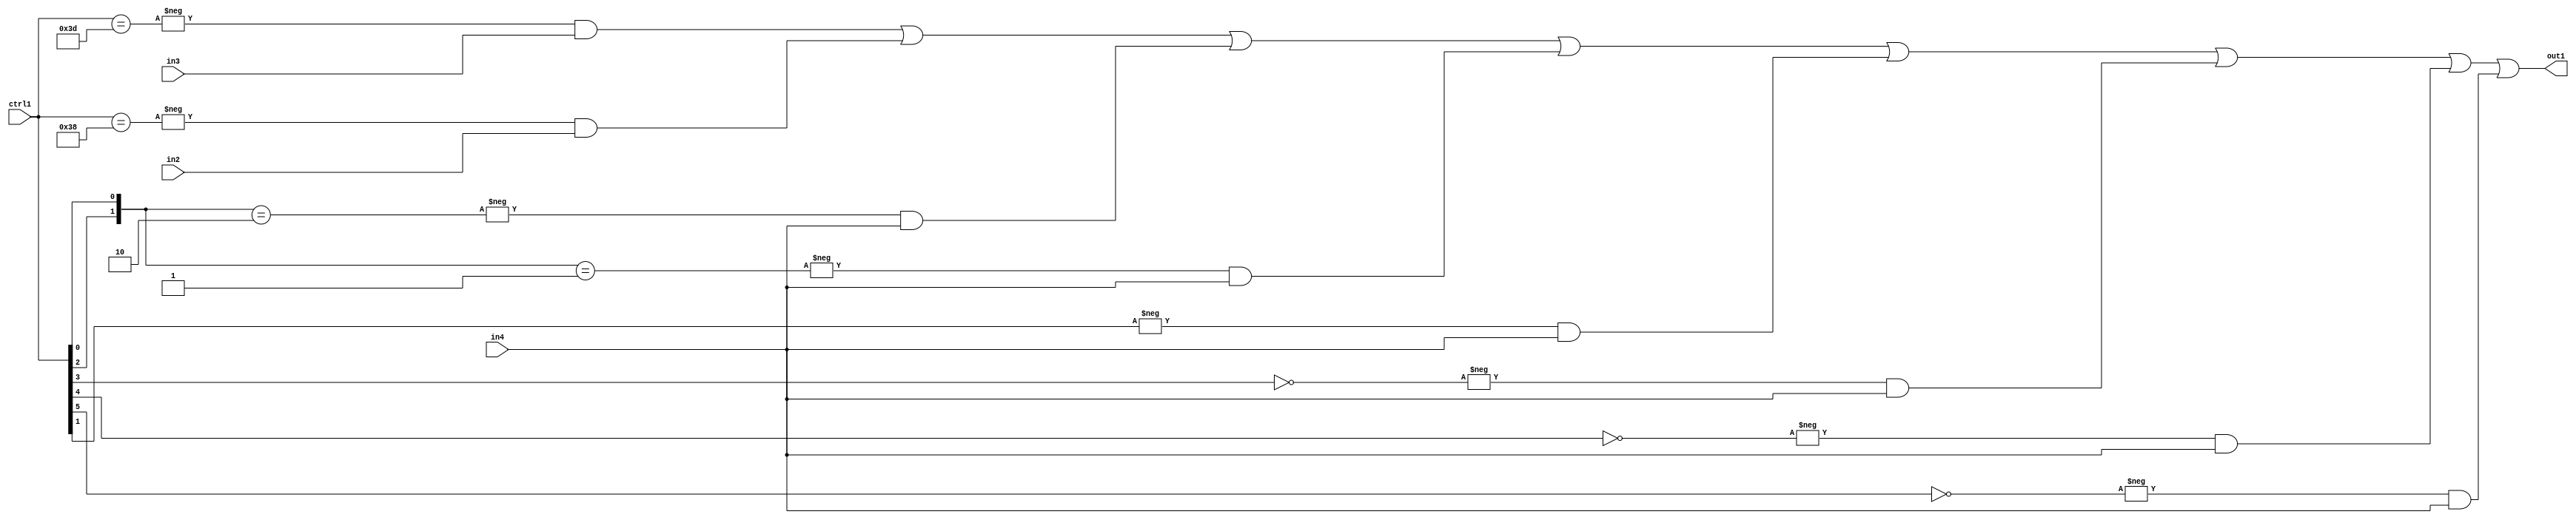
`timescale 1ps / 1ps
/*****************************************************************************
    Verilog RTL Description
    
    
    Created by: Stratus DpOpt 21.05.01 
*******************************************************************************/

module SobelFilter_N_Mux_32_3_79_4 (
	in4,
	in3,
	in2,
	ctrl1,
	out1
	); /* architecture "behavioural" */ 
input [31:0] in4;
input [8:0] in3,
	in2;
input [5:0] ctrl1;
output [31:0] out1;
wire [31:0] asc001;

assign asc001 = 
	-{ctrl1 == 6'B111101} & in3 |
	-{ctrl1 == 6'B111000} & in2 |
	-{{ctrl1[2], ctrl1[0]} == 2'B10} & in4 |
	-{{ctrl1[2], ctrl1[0]} == 2'B01} & in4 |
	-{ctrl1[1] == 1'B1} & in4 |
	-{ctrl1[3] == 1'B0} & in4 |
	-{ctrl1[4] == 1'B0} & in4 |
	-{ctrl1[5] == 1'B0} & in4 ;

assign out1 = asc001;
endmodule

/* CADENCE  v7n5TQ8= : u9/ySxbfrwZIxEzHVQQV8Q== ** DO NOT EDIT THIS LINE ******/